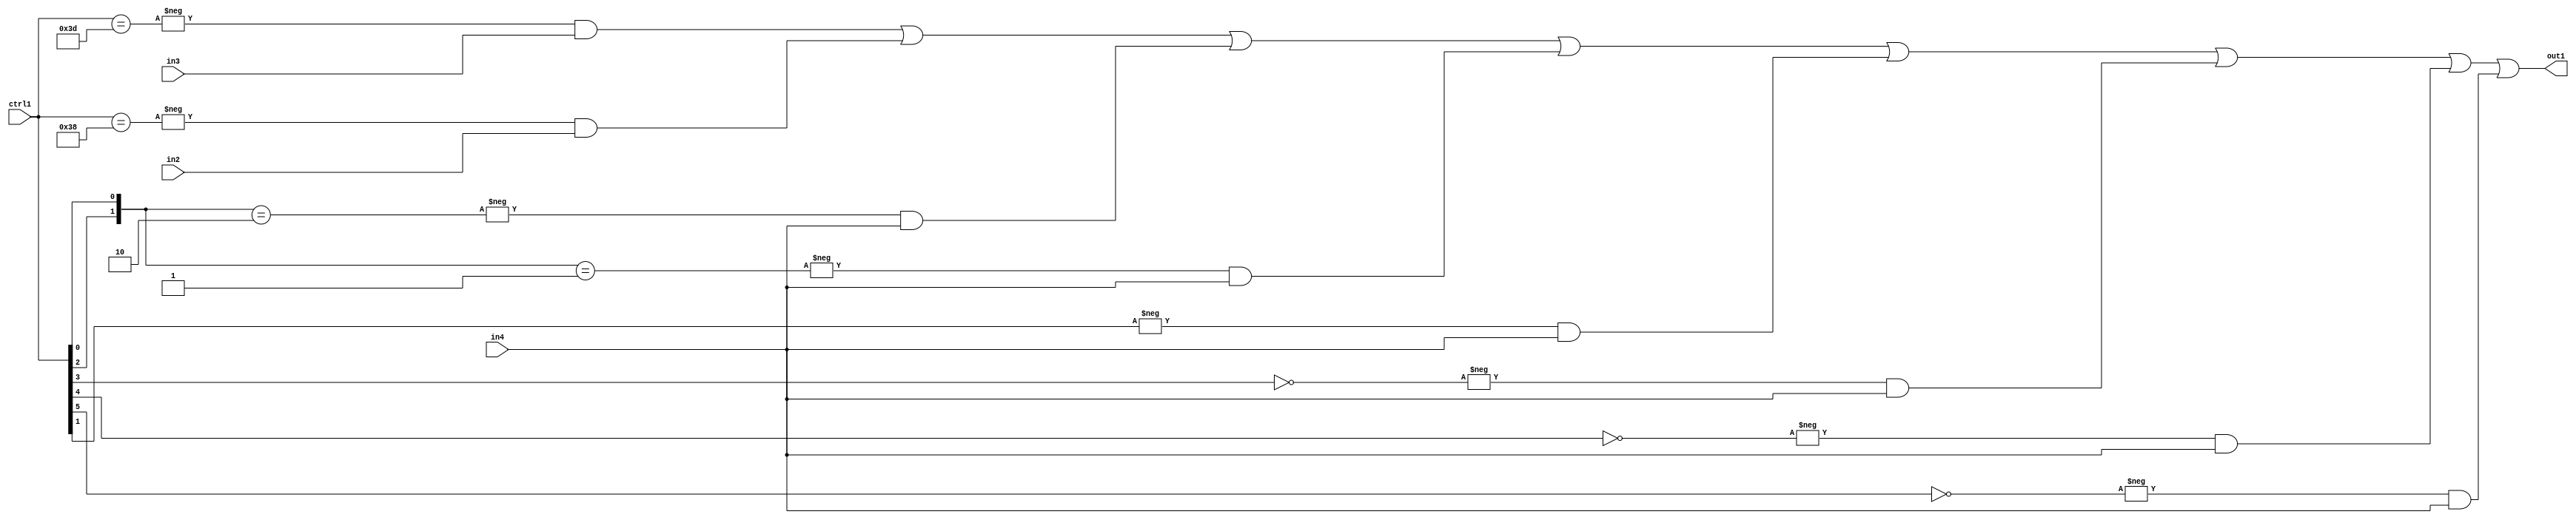
`timescale 1ps / 1ps
/*****************************************************************************
    Verilog RTL Description
    
    
    Created by: Stratus DpOpt 21.05.01 
*******************************************************************************/

module SobelFilter_N_Mux_32_3_79_4 (
	in4,
	in3,
	in2,
	ctrl1,
	out1
	); /* architecture "behavioural" */ 
input [31:0] in4;
input [8:0] in3,
	in2;
input [5:0] ctrl1;
output [31:0] out1;
wire [31:0] asc001;

assign asc001 = 
	-{ctrl1 == 6'B111101} & in3 |
	-{ctrl1 == 6'B111000} & in2 |
	-{{ctrl1[2], ctrl1[0]} == 2'B10} & in4 |
	-{{ctrl1[2], ctrl1[0]} == 2'B01} & in4 |
	-{ctrl1[1] == 1'B1} & in4 |
	-{ctrl1[3] == 1'B0} & in4 |
	-{ctrl1[4] == 1'B0} & in4 |
	-{ctrl1[5] == 1'B0} & in4 ;

assign out1 = asc001;
endmodule

/* CADENCE  v7n5TQ8= : u9/ySxbfrwZIxEzHVQQV8Q== ** DO NOT EDIT THIS LINE ******/